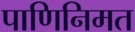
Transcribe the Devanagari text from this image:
पाणिनिमत